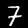
Digit: 7